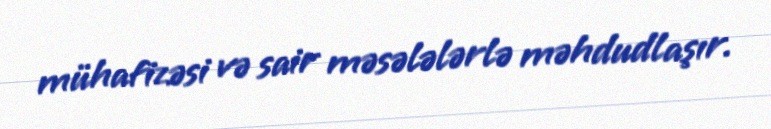
mühafizəsi və sair məsələlərlə məhdudlaşır.